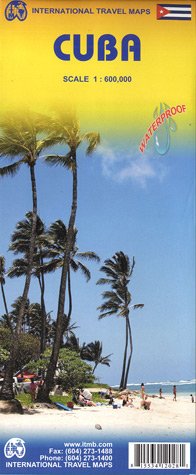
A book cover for Cuba 1:600,000 & Varadero 1:30,000 Travel Map (International Travel Maps); ITMB Publishing; Travel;